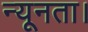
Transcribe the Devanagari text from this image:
न्यूनता।